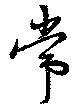
常